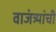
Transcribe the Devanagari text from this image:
वाजंत्र्यांची